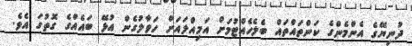
ދުނިޔޭގެ އެންމެންގެ ކަންތައްތައް ބެލެހެއްޓުމަށް އަމިއްލައަށް ހަވާލުގެން އުޅޭ ބައެއްގެ ގޮތުގަ އެވެ.